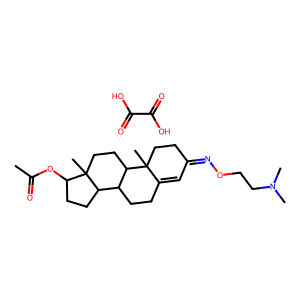
SMILES: CC(=O)OC1CCC2C3CCC4=CC(=NOCCN(C)C)CCC4(C)C3CCC12C.O=C(O)C(=O)O
Inhibits HIV replication: No